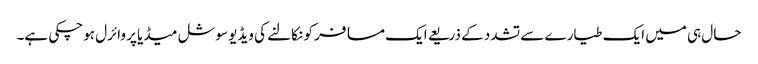
حال ہی میں ایک طیارے سے تشدد کے ذریعے ایک مسافر کو نکالنے کی ویڈیو سوشل میڈیا پر وائرل ہوچکی ہے۔